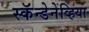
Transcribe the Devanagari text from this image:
स्कॅन्डेनेव्हिया